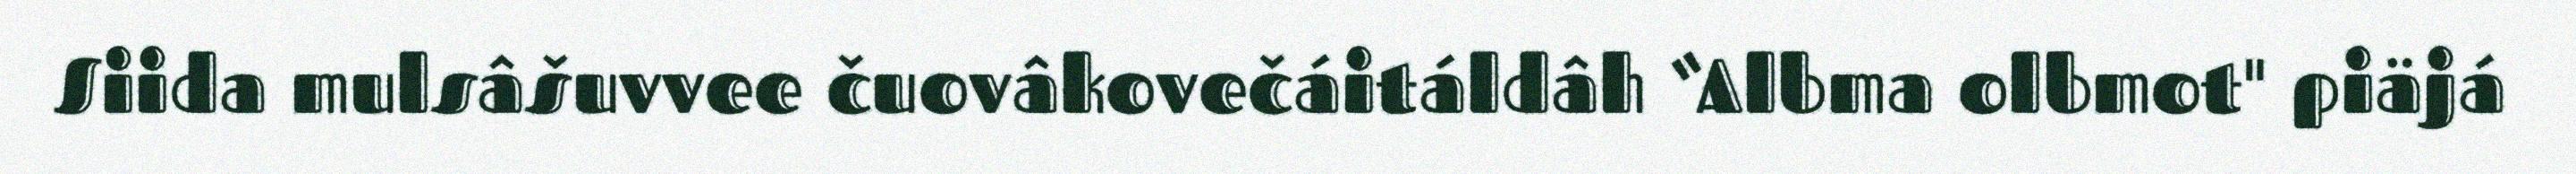
Siida mulsâšuvvee čuovâkovečáitáldâh “Albma olbmot" piäjá